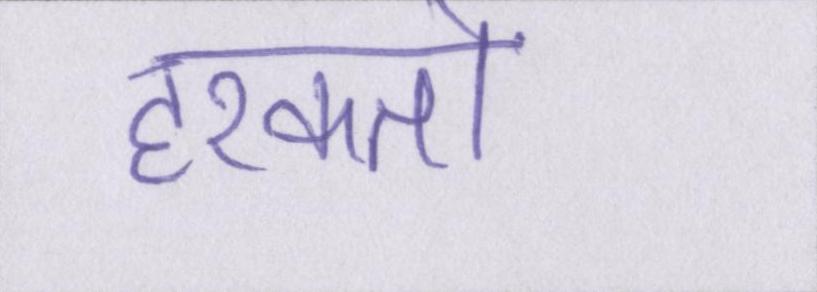
हरकतों